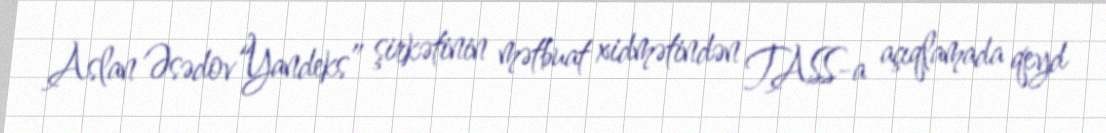
Aslan Əsədov“Yandeks” şirkətinin mətbuat xidmətindən TASS-a açıqlamada qeyd